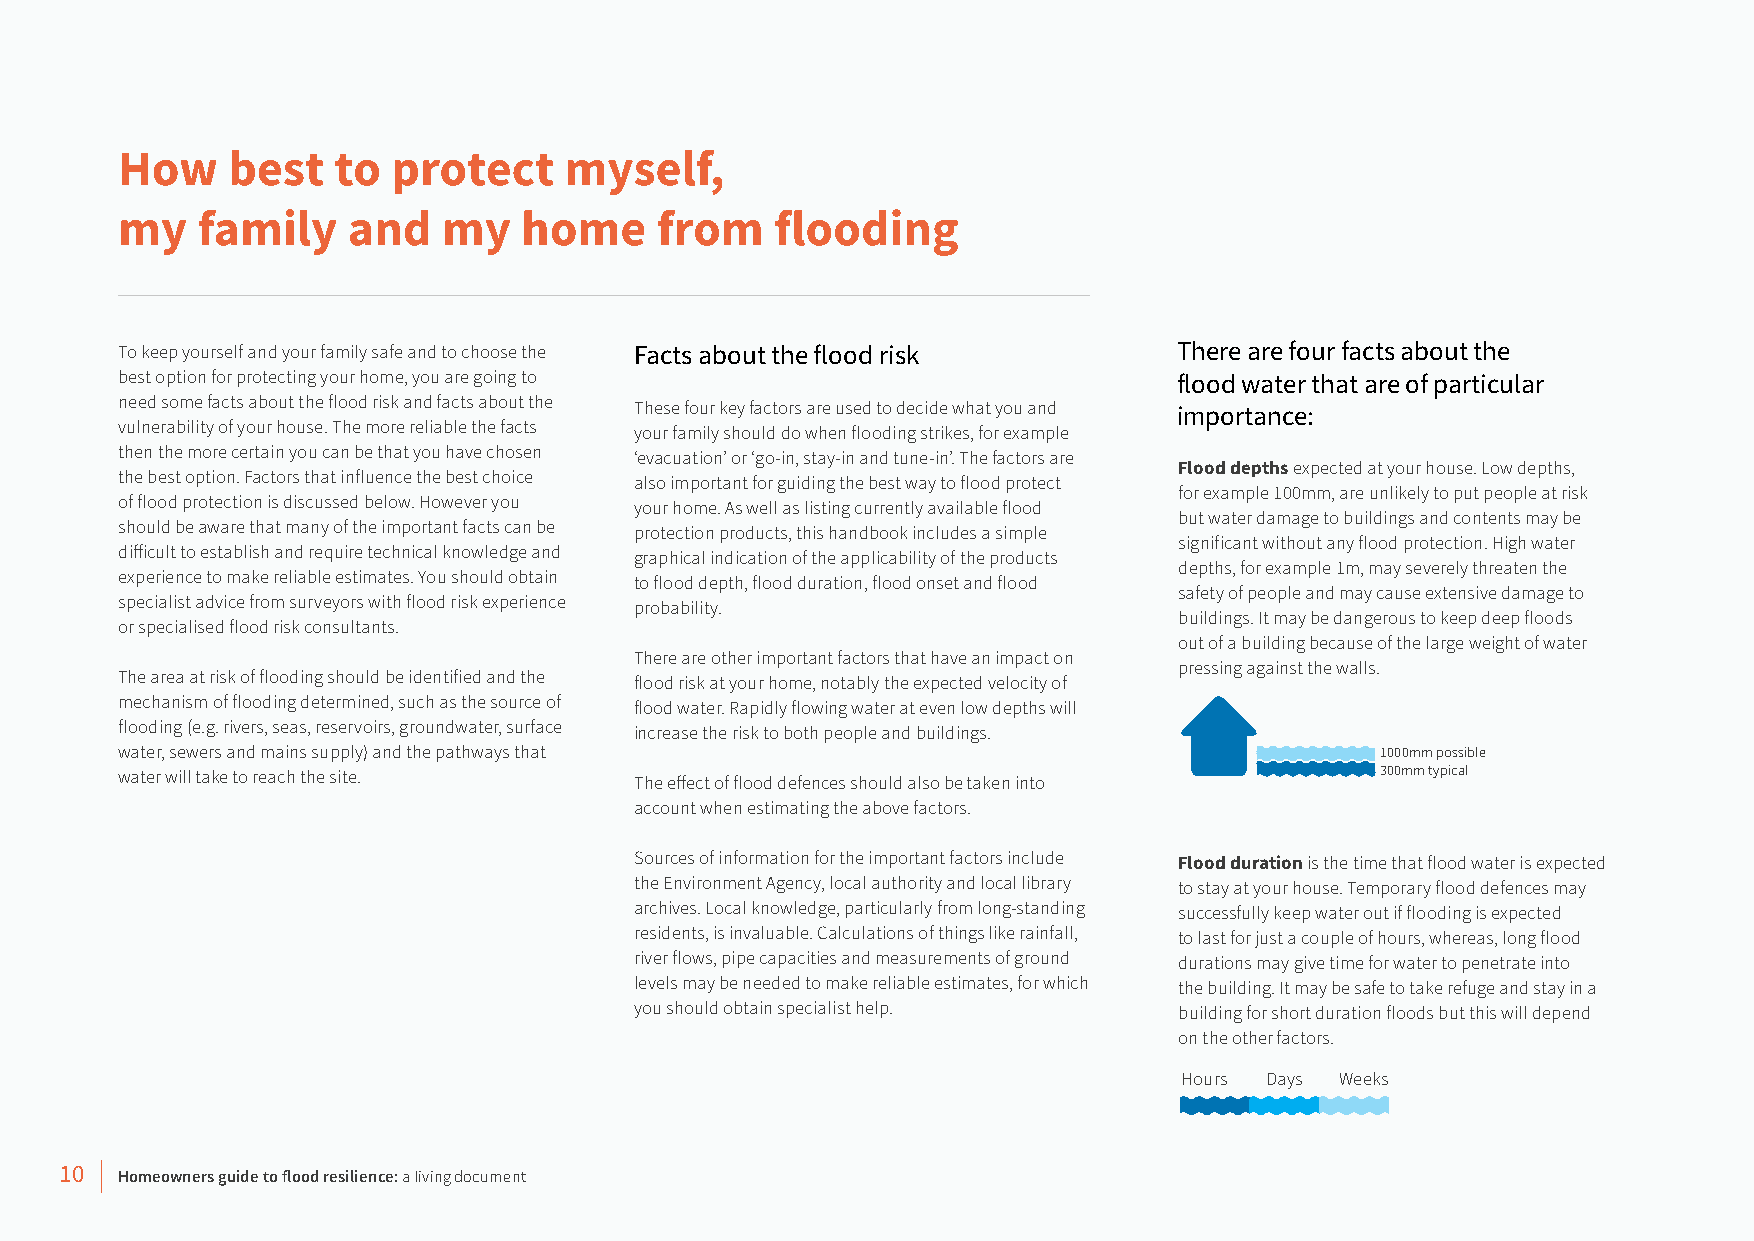
How    best   to  protect    myself,
 my   family    and   my    home    from    flooding
 To keep yourself and your family safe and to choose the Facts about the flood risk There are four facts about the
 best option for protecting your home, you are going to                flood water that are of particular
 need some facts about the flood risk and facts about the
 These four key factors are used to decide what you and
 importance:
 vulnerability of your house. The more reliable the facts
 your family should do when flooding strikes, for example
 then the more certain you can be that you have chosen
 ‘evacuation’ or ‘go-in, stay-in and tune-in’. The factors are
 Flood depths expected at your house. Low depths,
 the best option. Factors that influence the best choice
 also important for guiding the best way to flood protect
 for example 100mm, are unlikely to put people at risk
 of flood protection is discussed below. However you
 your home. As well as listing currently available flood
 but water damage to buildings and contents may be
 should be aware that many of the important facts can be
 protection products, this handbook includes a simple
 significant without any flood protection. High water
 difficult to establish and require technical knowledge and
 graphical indication of the applicability of the products
 depths, for example 1m, may severely threaten the
 experience to make reliable estimates. You should obtain
 to flood depth, flood duration, flood onset and flood
 safety of people and may cause extensive damage to
 specialist advice from surveyors with flood risk experience
 probability.
 buildings. It may be dangerous to keep deep floods
 or specialised flood risk consultants.
 out of a building because of the large weight of water
 There are other important factors that have an impact on
 pressing against the walls.
 The area at risk of flooding should be identified and the
 flood risk at your home, notably the expected velocity of
 mechanism of flooding determined, such as the source of
 flood water. Rapidly flowing water at even low depths will
 flooding (e.g. rivers, seas, reservoirs, groundwater, surface
 increase the risk to both people and buildings.
 water, sewers and mains supply) and the pathways that                              1000mm possible
 water will take to reach the site.                                                 300mm typical
 The effect of flood defences should also be taken into
 account when estimating the above factors.
 Sources of information for the important factors include Flood duration is the time that flood water is expected
 the Environment Agency, local authority and local library to stay at your house. Temporary flood defences may
 archives. Local knowledge, particularly from long-standing successfully keep water out if flooding is expected
 residents, is invaluable. Calculations of things like rainfall, to last for just a couple of hours, whereas, long flood
 river flows, pipe capacities and measurements of ground durations may give time for water to penetrate into
 levels may be needed to make reliable estimates, for which the building. It may be safe to take refuge and stay in a
 you should obtain specialist help.  building for short duration floods but this will depend
 on the other factors.
 Hours Days Weeks
 10  Homeowners guide to flood resilience: a living document